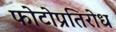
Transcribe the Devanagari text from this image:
फोटोप्रतिरोध